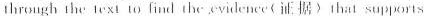
through the texto find the vilence 〈证 据〉that supports